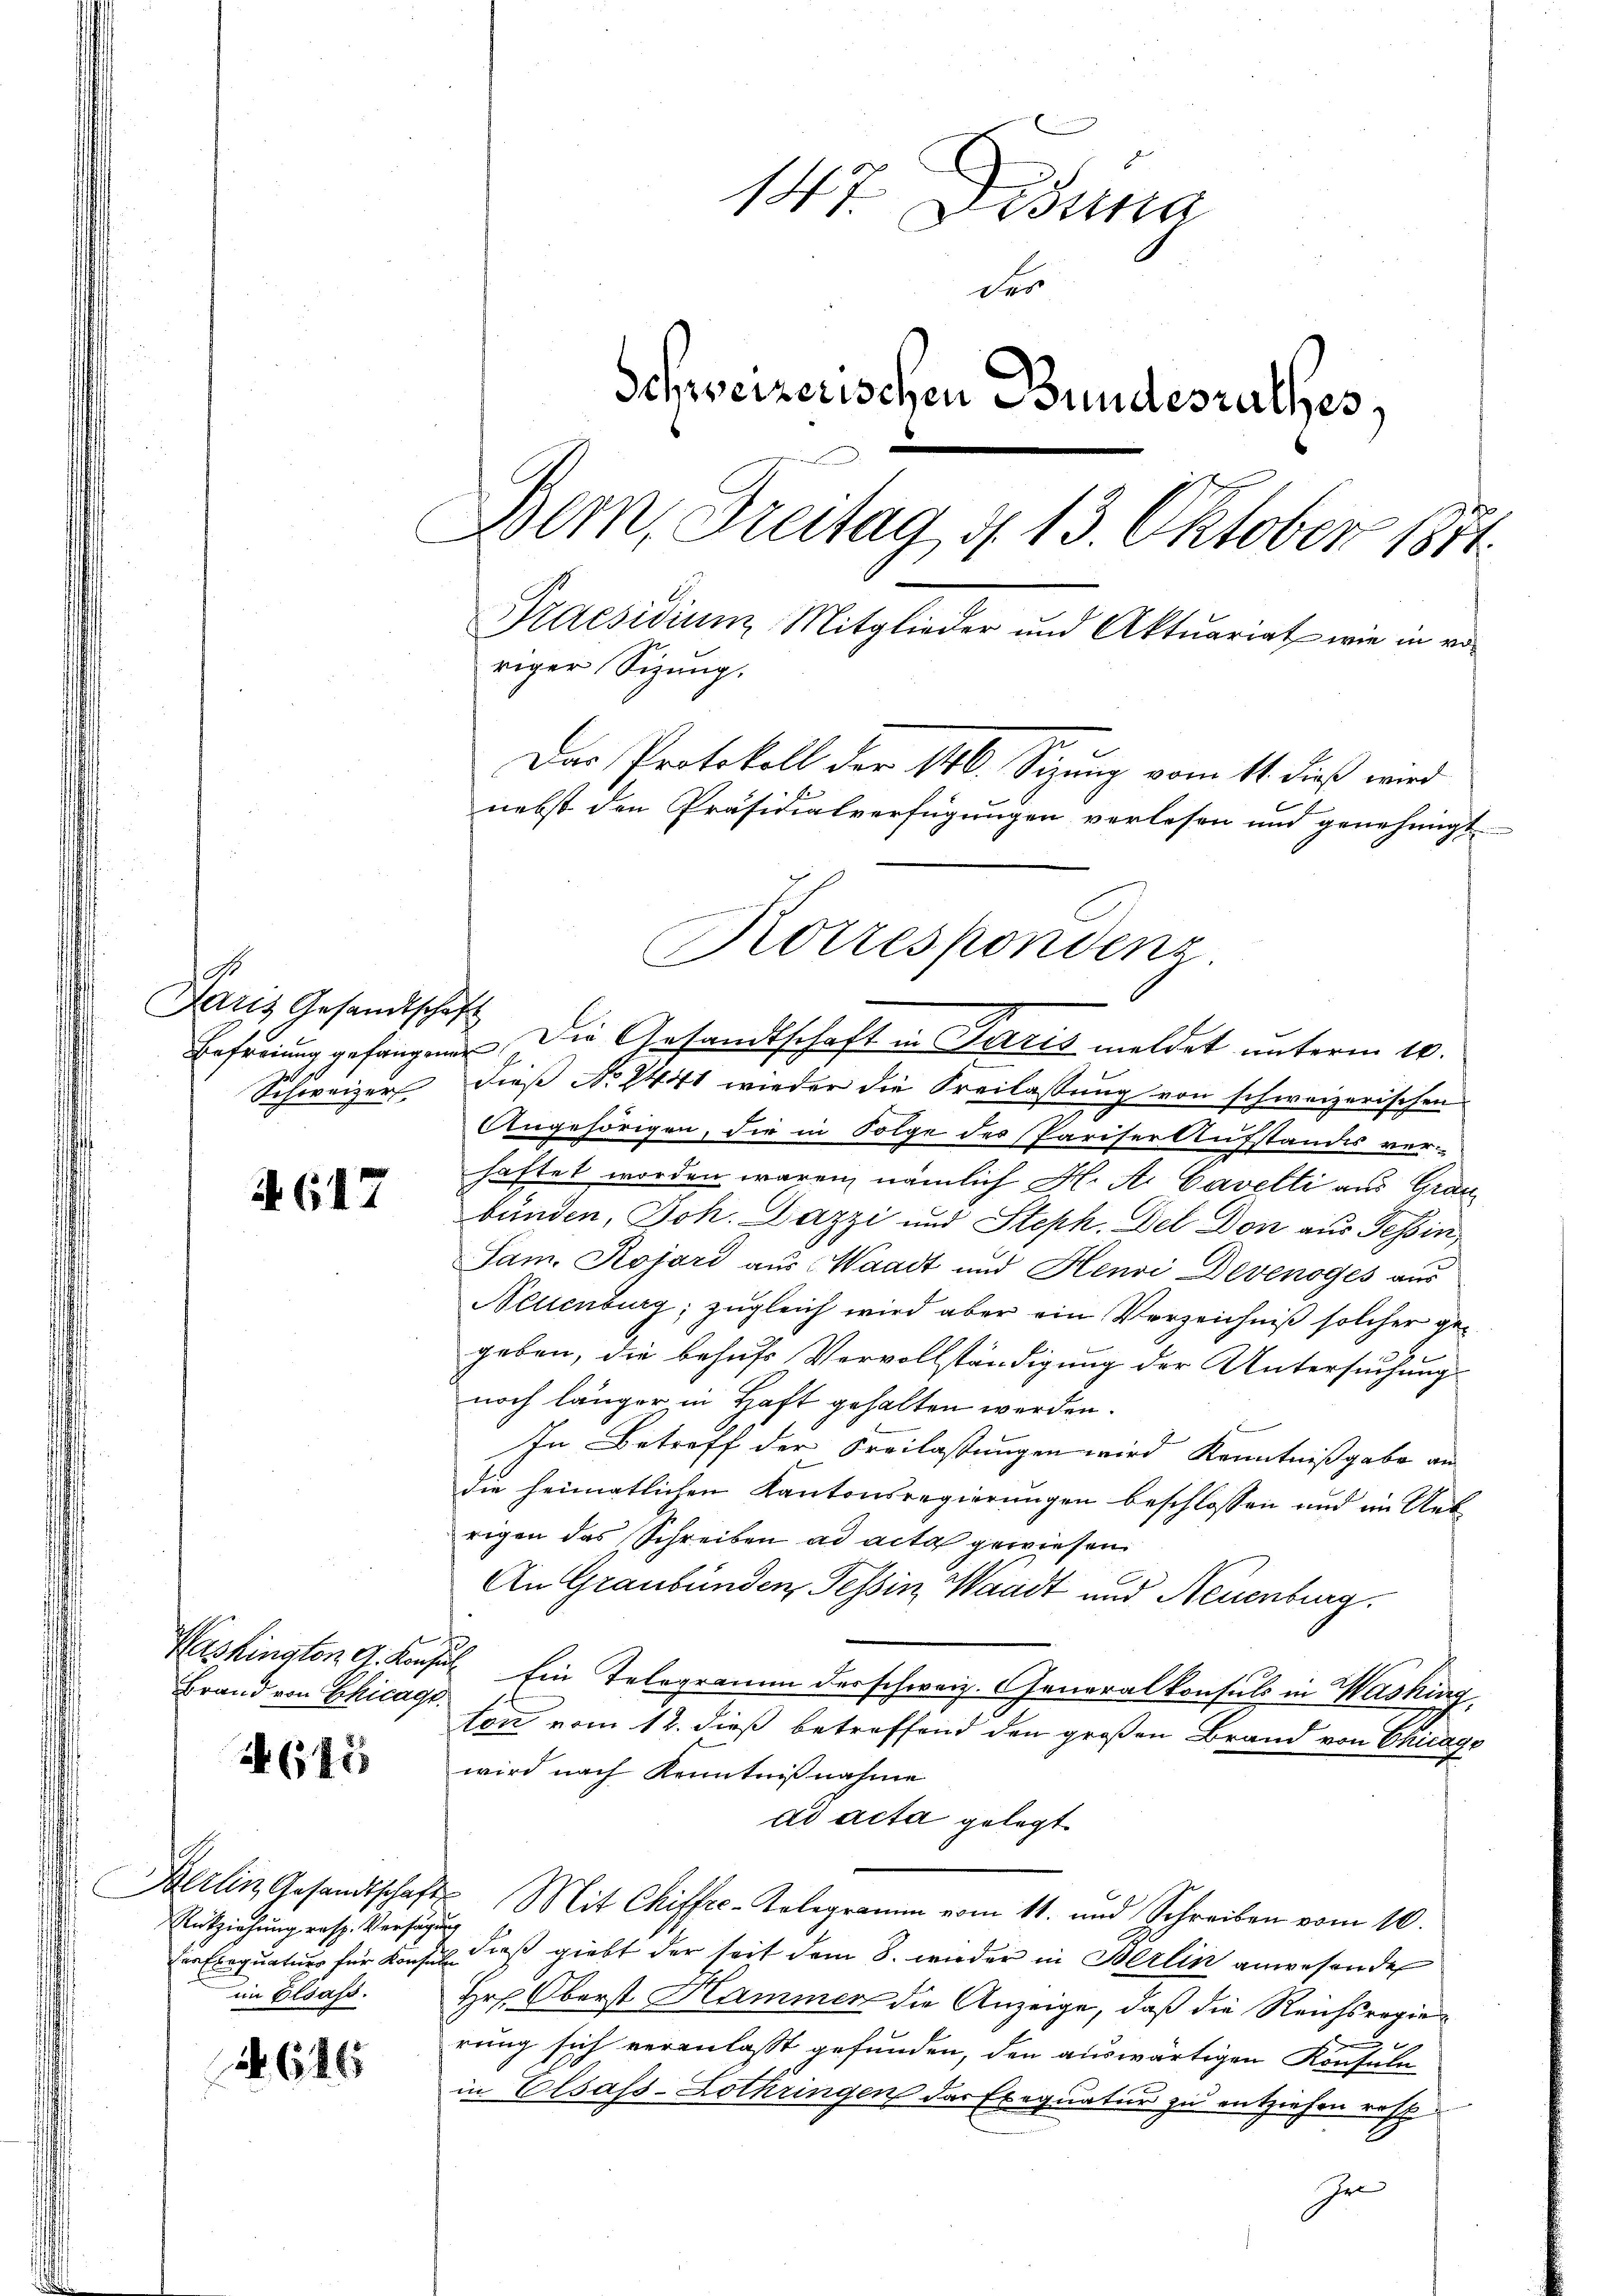
.
Faris Gesandtschaft
.

A.617

Brand von Chicage.

4 (171

Rntziehung resp. Verfügung
im Elsass.

616

147. Disena
der
Schweizerischen Bundesrathes,
Bem, Freitag 4. 13. Oktober 1871.
Praesidium Mitglieder und Aktuariat wie in voriger Sizung.
Das Protokoll der 146. Sitzung vom 11. dieß wird
nebst den Präsidialverfügungen verlesen und genehmigt

Enfreiung gefangen Die Gesandtschaft in Paris meldet unterm 10.
Schweizer dieß No 2441 wieder die Freilassung von schweizerischen
Angehörigen, die in Folge des Pariser Aufstandes ver-
haftet worden waren, nämlich H. A. Cavelti aus Grau
bunden, Joh. Dazzi und Steph. Del Don aus Tessin,
Sam. Kojard aus Waadt und Henri Devenoges aus
Nellenburg; zugleich wird aber ein Verzeichniß solcher ge¬
28.
geben, die behufs Vervollständigung der Untersuchung
noch länger in Haft gehalten werden.
In Betreff der Freilassungen wird Kenntnißgabe an
die heimatlichen Kantonsregierungen beschlossen und im Ueb
rigen das Schreiben ad acta gewiesen
An Graubünden, Tessin, Waadt und Neuenburg.
Washingten G. Konsul Ein Telegramm der schweiz. Generalkonsuls in Washing
ton vom 12. dieß betreffend den großen Brand von Chicago
wird nach Kenntnißnahme
ad acta gelegt
Berlin Gesandtschaft Mit Chiffrc-Telegramm vom 11. und Schreiben vom 10.
der Exequatuor für Konses dieß giebt der seit dem 8. wieder in Berlin anwesende
Hr. Oberst Hammer die Anzeige, daß die Reichsregie¬
1
rung sich veranlasst gefunden, den auswärtigen Konsuln
in Elsass-Lothringen das Exequatur zu entziehen resp
Ir

Korrespondenz